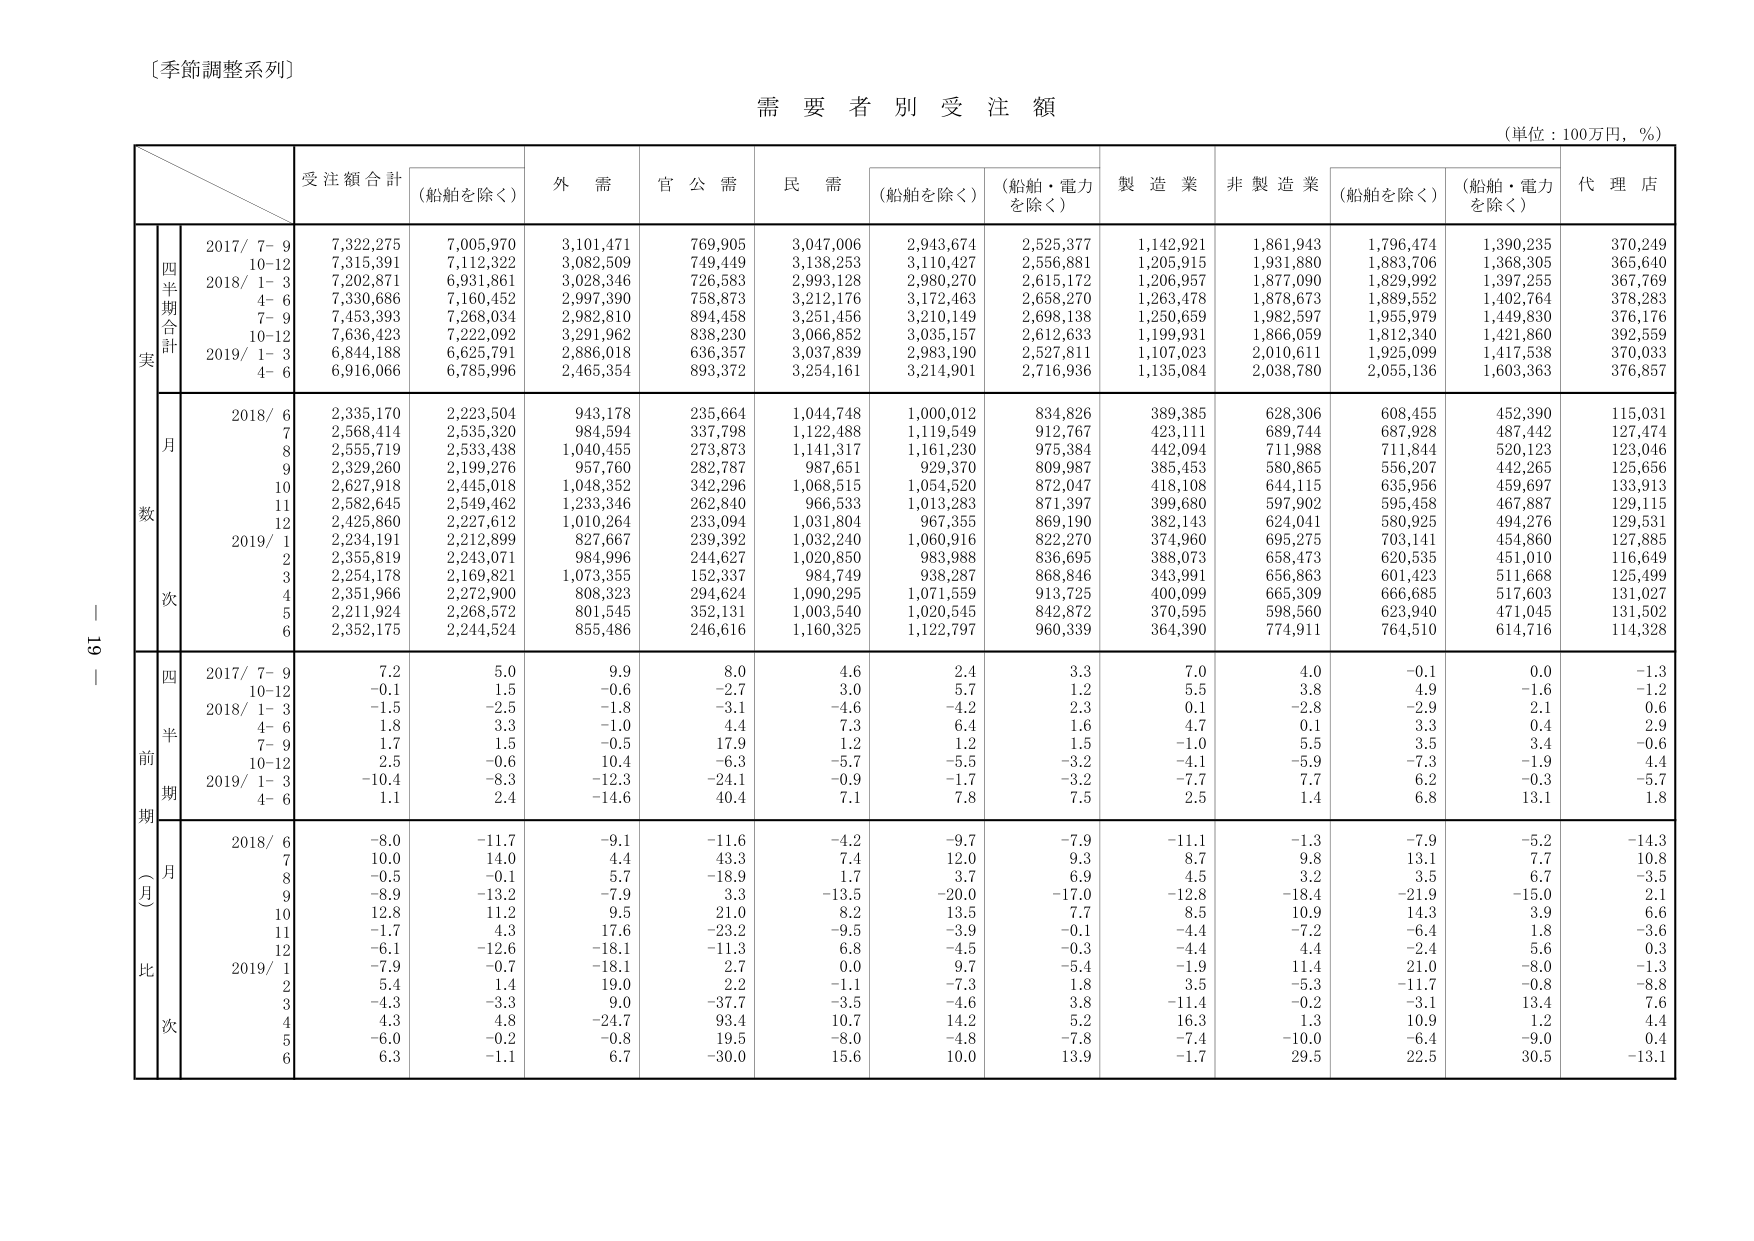
〔季節調整系列〕

需要者別受注額

（単位：100万円，％）

受注額合計　（船舶を除く）　外需　官公需　民需　（船舶を除く）　（船舶・電力を除く）　製造業　非製造業　（船舶を除く）　（船舶・電力を除く）　代理店

四半期合計
実数
2017/ 7−9　7,322,275　7,005,970　3,101,471　769,905　3,047,006　2,943,674　2,525,377　1,142,921　1,861,943　1,796,474　1,390,235　370,249
10−12　7,315,391　7,112,322　3,082,509　749,449　3,138,253　3,110,427　2,556,881　1,205,915　1,931,880　1,883,706　1,368,305　365,640
2018/ 1−3　7,202,871　6,931,861　3,028,346　726,583　2,993,128　2,980,270　2,615,172　1,206,957　1,877,090　1,829,992　1,397,255　367,769
4−6　7,330,686　7,160,452　2,997,390　758,873　3,212,176　3,172,463　2,658,270　1,263,478　1,878,673　1,889,552　1,402,764　378,283
7−9　7,453,393　7,268,034　2,982,810　894,458　3,251,456　3,210,149　2,698,138　1,250,659　1,982,597　1,955,979　1,449,830　376,176
10−12　7,636,423　7,222,092　3,291,962　838,230　3,066,852　3,035,157　2,612,633　1,199,931　1,866,059　1,812,340　1,421,860　392,559
2019/ 1−3　6,844,188　6,625,791　2,886,018　636,357　3,037,839　2,983,190　2,527,811　1,107,023　2,010,611　1,925,099　1,417,538　370,033
4−6　6,916,066　6,785,996　2,465,354　893,372　3,254,161　3,214,901　2,716,936　1,135,084　2,038,780　2,055,136　1,603,363　376,857

月次
2018/ 6　2,335,170　2,223,504　943,178　235,664　1,044,748　1,000,012　834,826　389,385　628,306　608,455　452,390　115,031
7　2,568,414　2,535,320　984,594　337,798　1,122,488　1,119,549　912,767　423,111　689,744　687,928　487,442　127,474
8　2,555,719　2,533,438　1,040,455　273,873　1,141,317　1,161,230　975,384　442,094　711,988　711,844　520,123　123,046
9　2,329,260　2,199,276　957,760　282,787　987,651　929,370　809,987　385,453　580,865　556,207　442,265　125,656
10　2,627,918　2,445,018　1,048,352　342,296　1,068,515　1,054,520　872,047　418,108　644,115　635,956　459,697　133,913
11　2,582,645　2,549,462　1,233,346　262,840　966,533　1,013,283　871,397　399,680　597,902　595,458　467,887　129,115
12　2,425,860　2,227,612　1,010,264　233,094　1,031,804　967,355　869,190　382,143　624,041　580,925　494,276　129,531
2019/ 1　2,234,191　2,212,899　827,667　239,392　1,032,240　1,060,916　822,270　374,960　695,275　703,141　454,860　127,885
2　2,355,819　2,243,071　984,996　244,627　1,020,850　983,988　836,695　388,073　658,473　620,535　451,010　116,649
3　2,254,178　2,169,821　1,073,355　152,337　984,749　938,287　868,846　343,991　656,863　601,423　511,668　125,499
4　2,351,966　2,272,900　808,323　294,624　1,090,295　1,071,559　913,725　400,099　665,309　666,685　517,603　131,027
5　2,211,924　2,268,572　801,545　352,131　1,003,540　1,020,545　842,872　370,595　598,560　623,940　471,045　131,502
6　2,352,175　2,244,524　855,486　246,616　1,160,325　1,122,797　960,339　364,390　774,911　764,510　614,716　114,328

前期（月比）
四半期
2017/ 7−9　7.2　5.0　9.9　8.0　4.6　2.4　3.3　7.0　4.0　−0.1　0.0　−1.3
10−12　−0.1　1.5　−0.6　−2.7　3.0　5.7　1.2　5.5　3.8　4.9　−1.6　−1.2
2018/ 1−3　−1.5　−2.5　−1.8　−3.1　−4.6　−4.2　2.3　0.1　−2.8　−2.9　2.1　0.6
4−6　1.8　3.3　−1.0　4.4　7.3　6.4　1.6　4.7　0.1　3.3　0.4　2.9
7−9　1.7　1.5　−0.5　17.9　1.2　1.2　1.5　−1.0　5.5　3.5　3.4　−0.6
10−12　2.5　−0.6　10.4　−6.3　−5.7　−5.5　−3.2　−4.1　−5.9　−7.3　−1.9　4.4
2019/ 1−3　−10.4　−8.3　−12.3　−24.1　−0.9　−1.7　−3.2　−7.7　7.7　6.2　−0.3　−5.7
4−6　1.1　2.4　−14.6　40.4　7.1　7.8　7.5　2.5　1.4　6.8　13.1　1.8

月次
2018/ 6　−8.0　−11.7　−9.1　−11.6　−4.2　−9.7　−7.9　−11.1　−1.3　−7.9　−5.2　−14.3
7　10.0　14.0　4.4　43.3　7.4　12.0　9.3　8.7　9.8　13.1　7.7　10.8
8　−0.5　−0.1　5.7　−18.9　1.7　3.7　6.9　4.5　3.2　3.5　6.7　−3.5
9　−8.9　−13.2　−7.9　3.3　−13.5　−20.0　−17.0　−12.8　−18.4　−21.9　−15.0　2.1
10　12.8　11.2　9.5　21.0　8.2　13.5　7.7　8.5　10.9　14.3　3.9　6.6
11　−1.7　4.3　17.6　−23.2　−9.5　−3.9　−0.1　−4.4　−7.2　−6.4　1.8　−3.6
12　−6.1　−12.6　−18.1　−11.3　6.8　−4.5　−0.3　−4.4　4.4　−2.4　5.6　0.3
2019/ 1　−7.9　−0.7　−18.1　2.7　0.0　9.7　−5.4　−1.9　11.4　21.0　−8.0　−1.3
2　5.4　1.4　19.0　2.2　−1.1　−7.3　1.8　3.5　−5.3　−11.7　−0.8　−8.8
3　−4.3　−3.3　9.0　−37.7　−3.5　−4.6　3.8　−11.4　−0.2　−3.1　13.4　7.6
4　4.3　4.8　−24.7　93.4　10.7　14.2　5.2　16.3　1.3　10.9　1.2　4.4
5　−6.0　−0.2　−0.8　19.5　−8.0　−4.8　−7.8　−7.4　−10.0　−6.4　−9.0　0.4
6　6.3　−1.1　6.7　−30.0　15.6　10.0　13.9　−1.7　29.5　22.5　30.5　−13.1

19